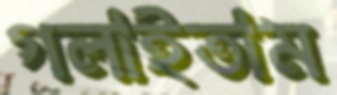
গলাইতাম